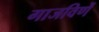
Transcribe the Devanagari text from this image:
गाजविणें